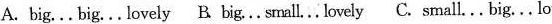
A. big……big……lovely B. bg……small……lovely C.